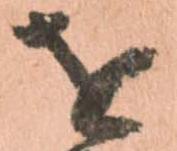
を